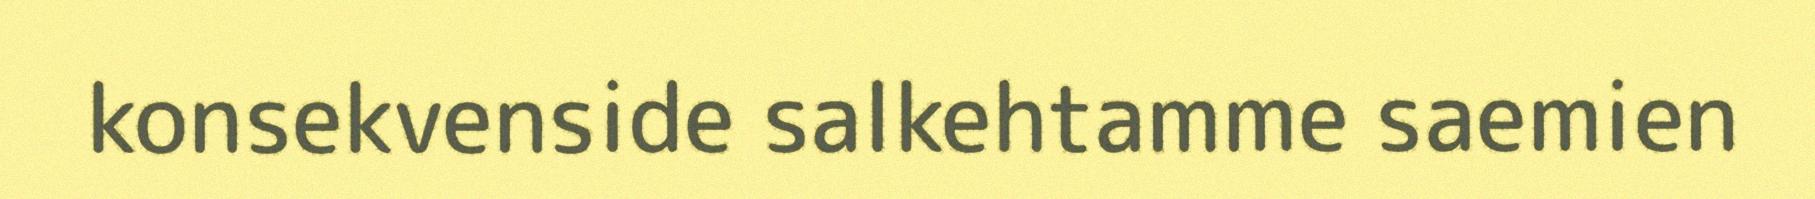
konsekvenside salkehtamme saemien